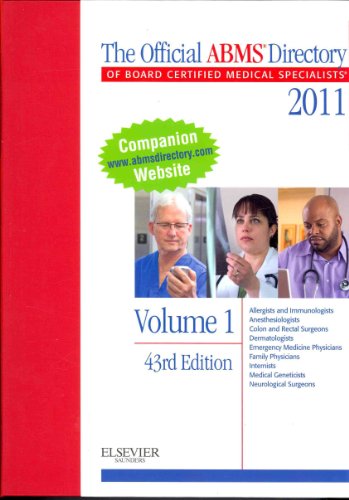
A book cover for The Official ABMS Directory of Board Certified Medical Specialists 2011 - 3 Volume Set, 43e (AMER BD OF MED SPECIALTIES DIR); ABMS; Law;